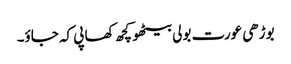
بوڑھی عورت بولی بیٹھو کچھ کھا پی کہ جاؤ۔